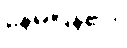
နေမိပြန်၏။